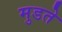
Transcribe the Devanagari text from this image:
मुडते